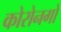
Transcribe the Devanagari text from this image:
कोरोनगो